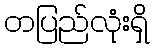
တပြည်လုံးရှိ